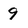
Character: 9